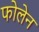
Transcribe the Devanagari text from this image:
फोलेन